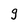
Character: g